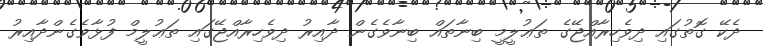
ދެކޭ ގޮތުގައި ދިވެހިރާއްޖޭގެ ތަޢުލީމީ ބިނާތައް ބިނާވެގެން ދާއިރު ދިވެހިރާއްޖޭގައި ތަޢުލީމް ފުޅާވެގެންދާއިރު